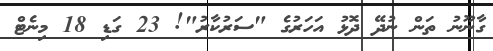
ގާނޫނު ތަން ނުދޭ ދޮޅު އަހަރުގެ "ސަރުކާރު"! 23 ގަޑި 18 މިނެޓް